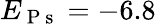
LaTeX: E_{\mathrm{~P~s~}}=-6.8